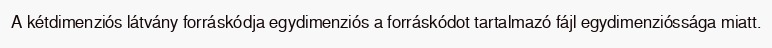
A kétdimenziós látvány forráskódja egydimenziós a forráskódot tartalmazó fájl egydimenzióssága miatt.